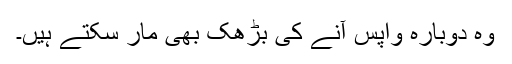
وہ دوبارہ واپس آنے کی بڑھک بھی مار سکتے ہیں۔